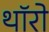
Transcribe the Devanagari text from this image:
थॉरो